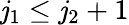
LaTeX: \mathit{j}_{1}\leq\mathit{j}_{2}+1